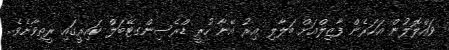
ވައްލޮލުން އަހަރެން ފާޒިލްއަށް ބަލާލި އިރު އޭނާ ހުރީ ޑްރެސިންގޓޭބަލް ކައިރީގައި ރީތިވާށެވެ.